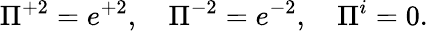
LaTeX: \Pi^{+2}=e^{+2},\quad\Pi^{-2}=e^{-2},\quad\Pi^{i}=0.